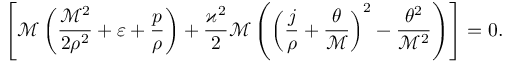
\left[ \mathcal { M } \left( \frac { \mathcal { M } ^ { 2 } } { 2 \rho ^ { 2 } } + \varepsilon + \frac { p } { \rho } \right) + \frac { \varkappa ^ { 2 } } { 2 } \mathcal { M } \left( \left( \frac { j } { \rho } + \frac { \theta } { \mathcal { M } } \right) ^ { 2 } - \frac { \theta ^ { 2 } } { \mathcal { M } ^ { 2 } } \right) \right] = 0 .